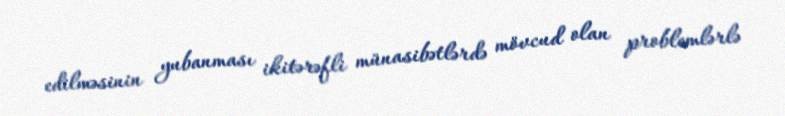
edilməsinin yubanması ikitərəfli münasibətlərdə mövcud olan problemlərlə